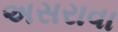
અસરાવા